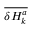
\overline { { \delta H _ { k } ^ { a } } }